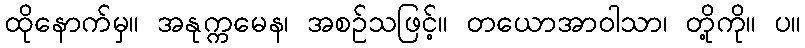
ထိုနောက်မှ။ အနုက္ကမေန၊ အစဉ်သဖြင့်။ တယောအာဝါသာ၊ တို့ကို။ ပ။